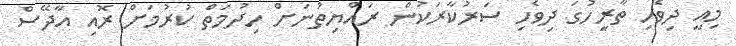
މިއީ ދިވެހި ތާރީހުގަ ދިވެހި ސަރުކާރަކުން ރައްޔިތުނަށް ހިދުމަތް ކުރުމަށް ރޮއި އާދޭސް